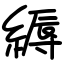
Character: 縟